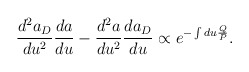
\begin{align*}\frac{d^2a_D}{du^2}\frac{da}{du}-\frac{d^2a}{du^2}\frac{da_D}{du}\propto e^{-\int du \frac{Q}{P}}.\end{align*}